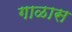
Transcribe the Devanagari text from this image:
गाळास